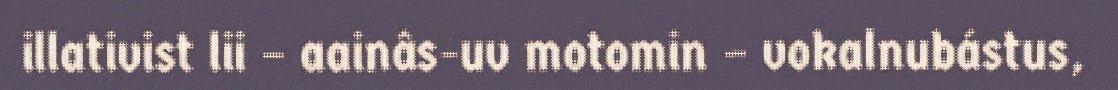
illativist lii – aainâs-uv motomin – vokalnubástus,